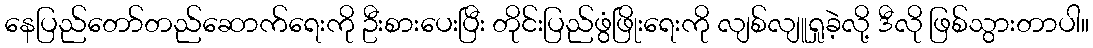
နေပြည်တော်တည်ဆောက်ရေးကို ဦးစားပေးပြီး တိုင်းပြည်ဖွံဖြိုးရေးကို လျစ်လျူရှုခဲ့လို့ ဒီလို ဖြစ်သွားတာပါ။